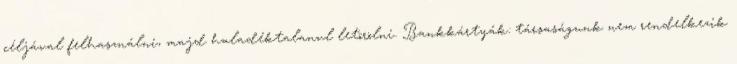
céljával felhasználni, majd haladéktalanul letörölni. Bankkártyák: társaságunk nem rendelkezik